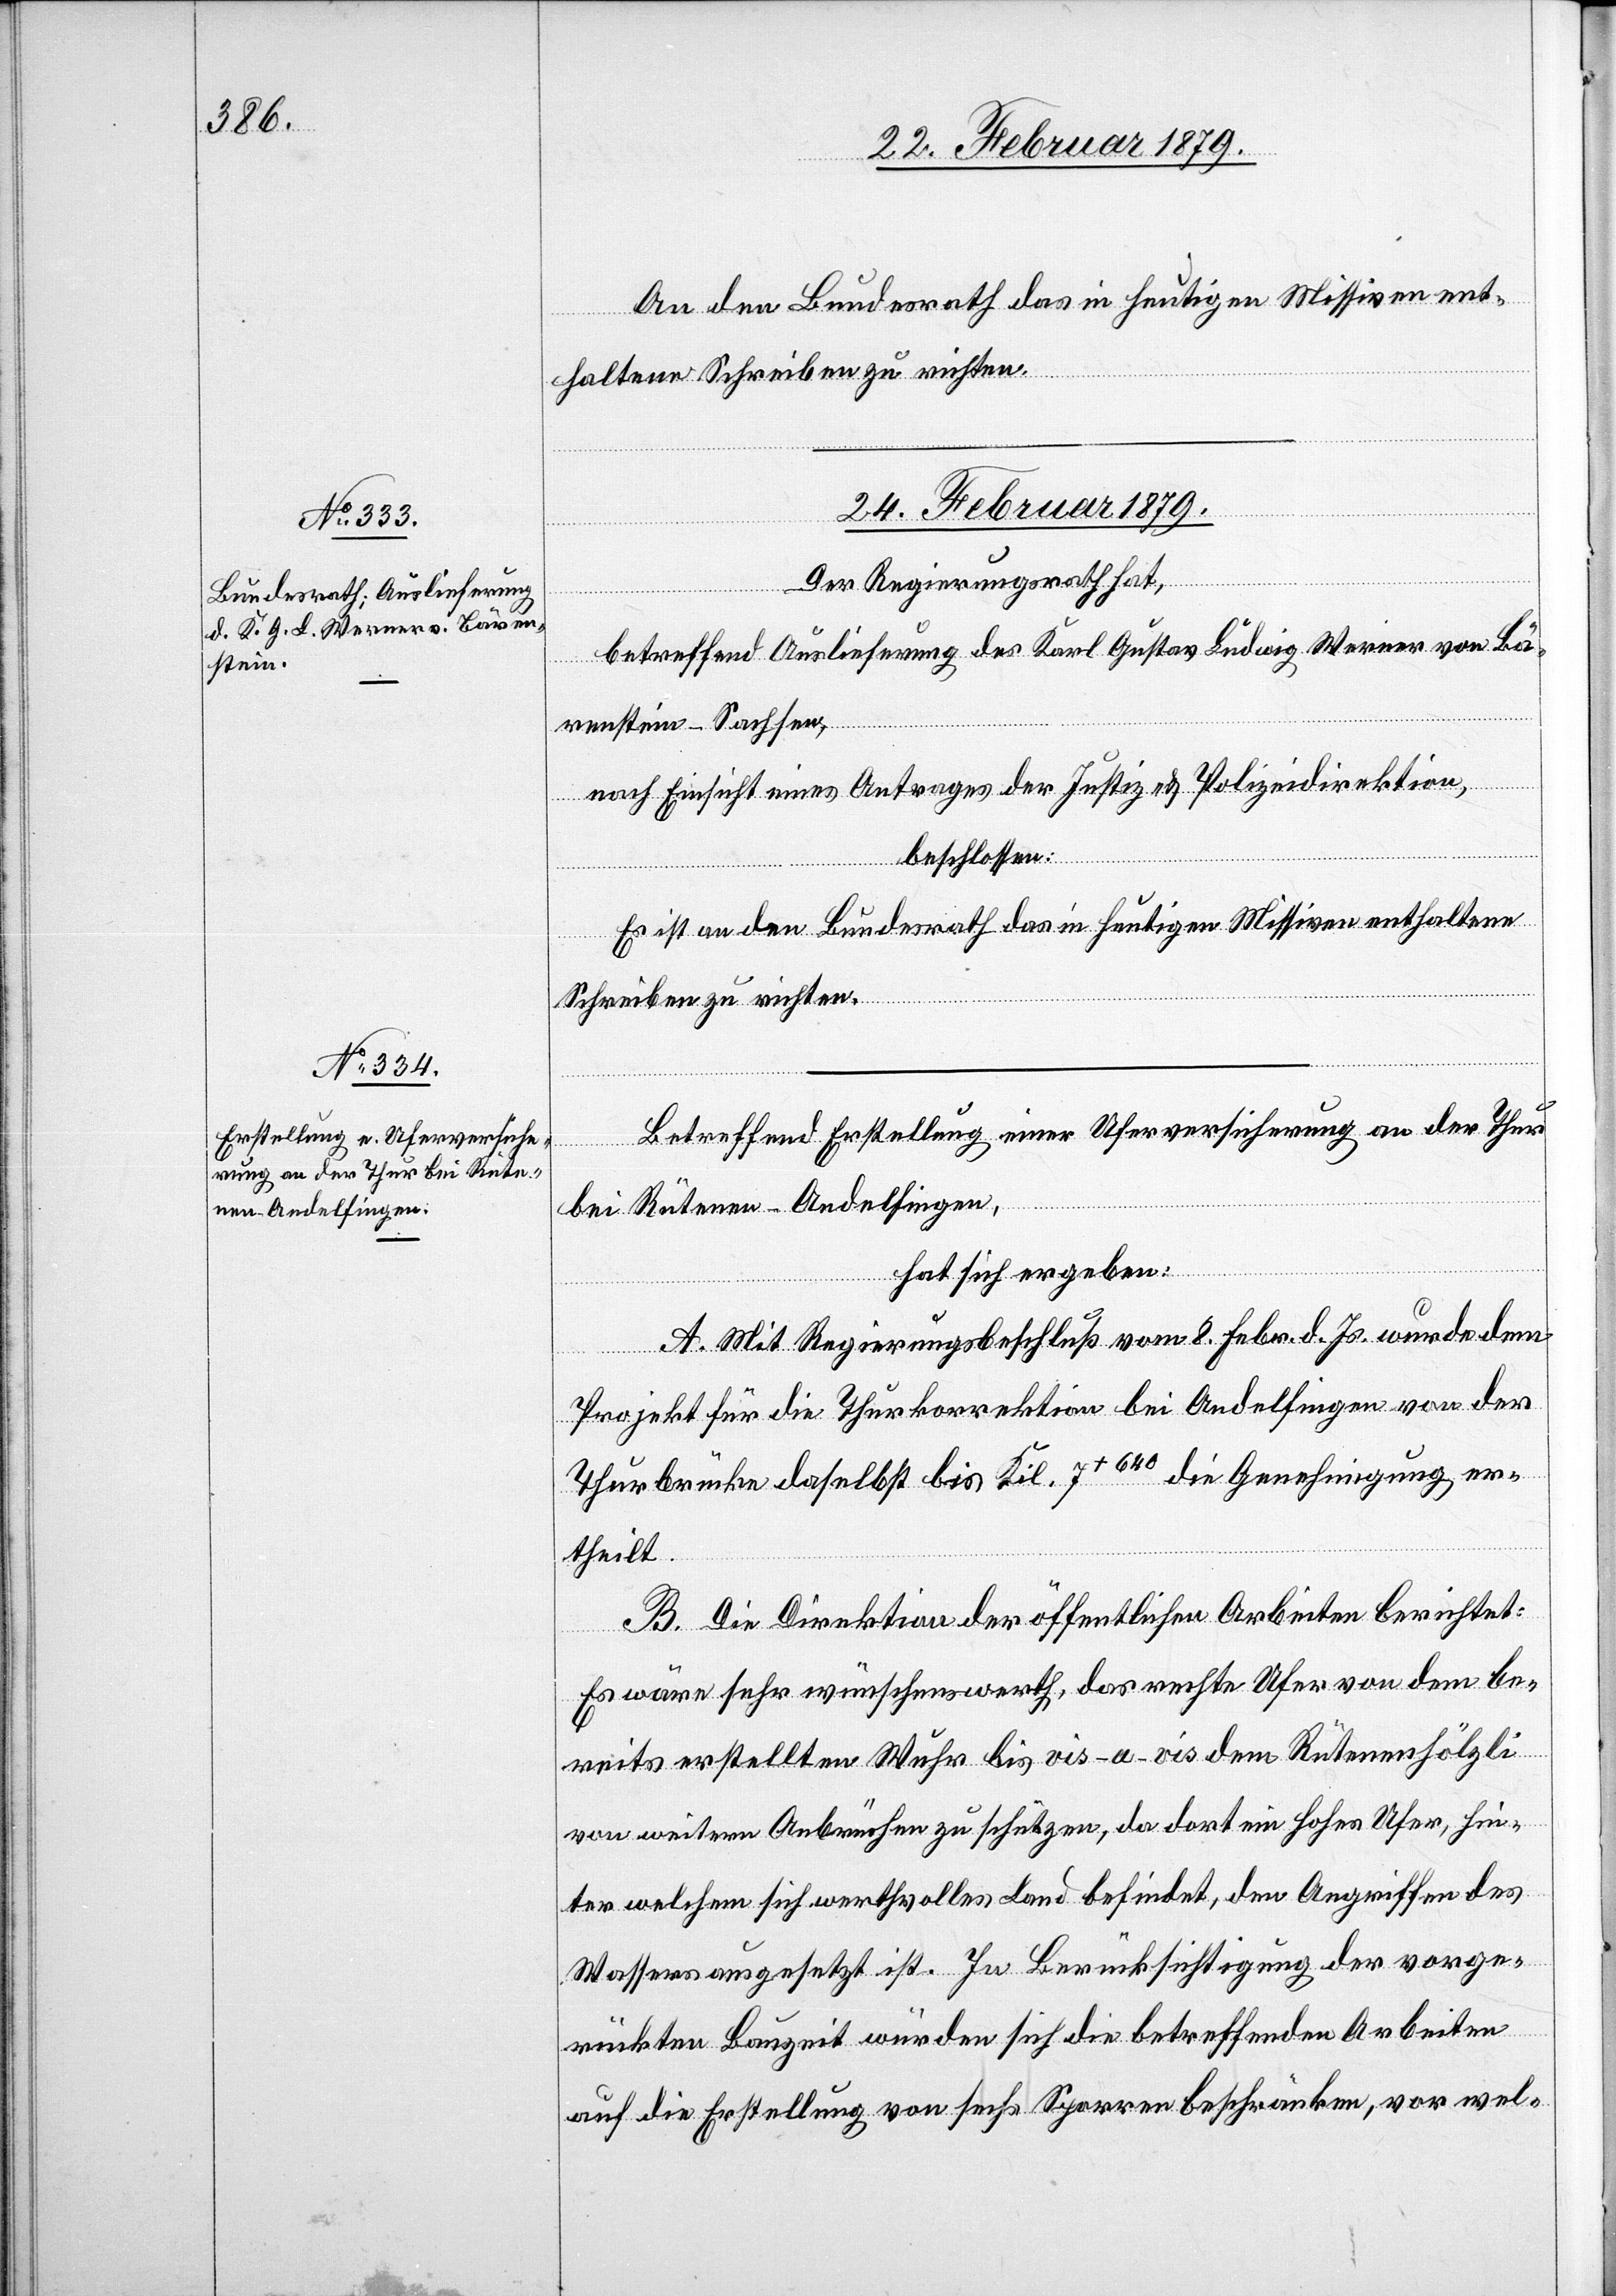
An den Bundesrath das in heutigen Missiven ent¬
haltene Schreiben zu richten.
24. Februar 1879.]
Der Regierungsrath hat,
betreffend Auslieferung des Karl Gustav Ludwig Werner von Bä¬
renstein - Sachsen,
nach Einsicht eines Antrages der Justiz- & Polizeidirektion,
beschlossen:
Es ist an den Bundesrath das in heutigen Missiven enthaltene
Schreiben zu richten.
Betreffend Erstellung einer Uferversicherung an der Thur
bei Rütenen - Andelfingen,
hat sich ergeben:
A. Mit Regierungsbeschluß vom 8. Febr. d. Js. wurde dem
Projekt für die Thurkorrektion bei Andelfingen von der
Thurbrücke daselbst bis Kil. 7+640 die Genehmigung er¬
theilt.
B. Die Direktion der öffentlichen Arbeiten berichtet:
Es wäre sehr wünschenswerth, das rechte Ufer von dem be¬
reits erstellten Wuhr bis vis-a-vis dem Rütenenhölzli
von weitern Anbrüchen zu schützen, da dort ein hohes Ufer, hin¬
ter welchem sich werthvolles Land befindet, den Angriffen des
Wassers ausgesetzt ist. In Berücksichtigung der vorge¬
rückten Bauzeit würden sich die betreffenden Arbeiten
auf die Erstellung von sechs Sparren beschränken, vor wel-